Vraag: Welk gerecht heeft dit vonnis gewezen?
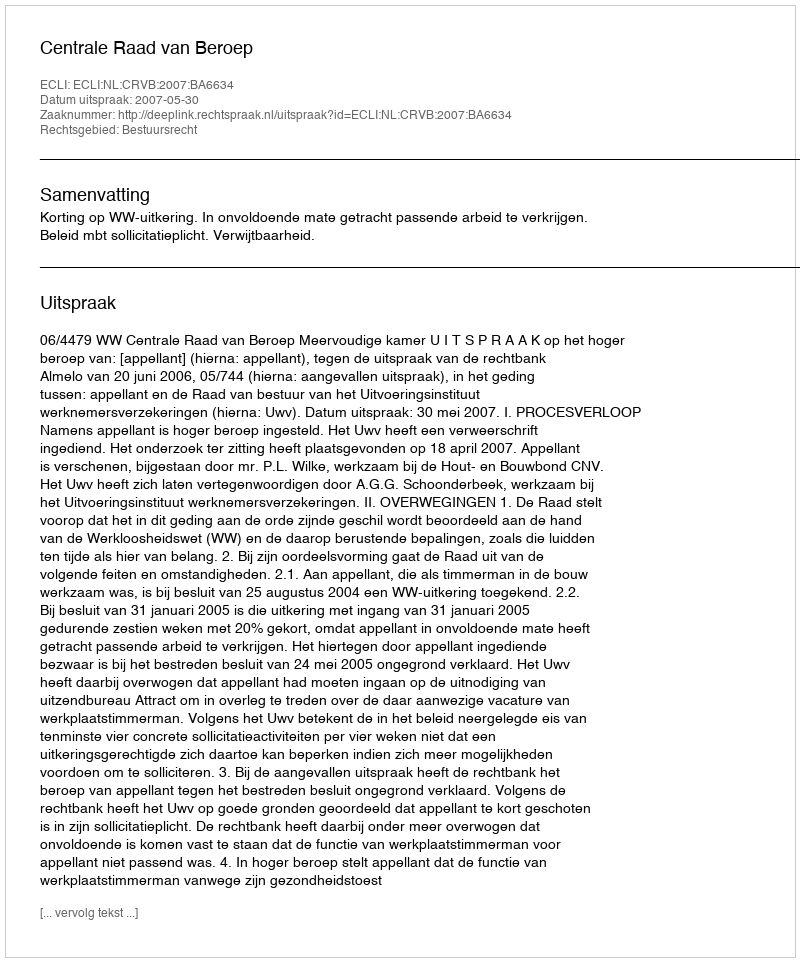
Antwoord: Centrale Raad van Beroep